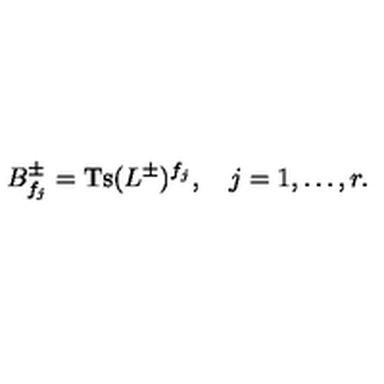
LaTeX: B _ { f _ { j } } ^ { \pm } = \mathrm { T s } ( L ^ { \pm } ) ^ { f _ { j } } , \quad j = 1 , \ldots , r .